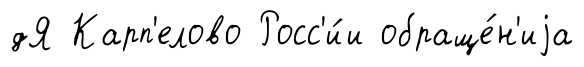
дЯ Карп'елово Росс'и́и обраще́н'иjа